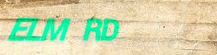
ELM RD